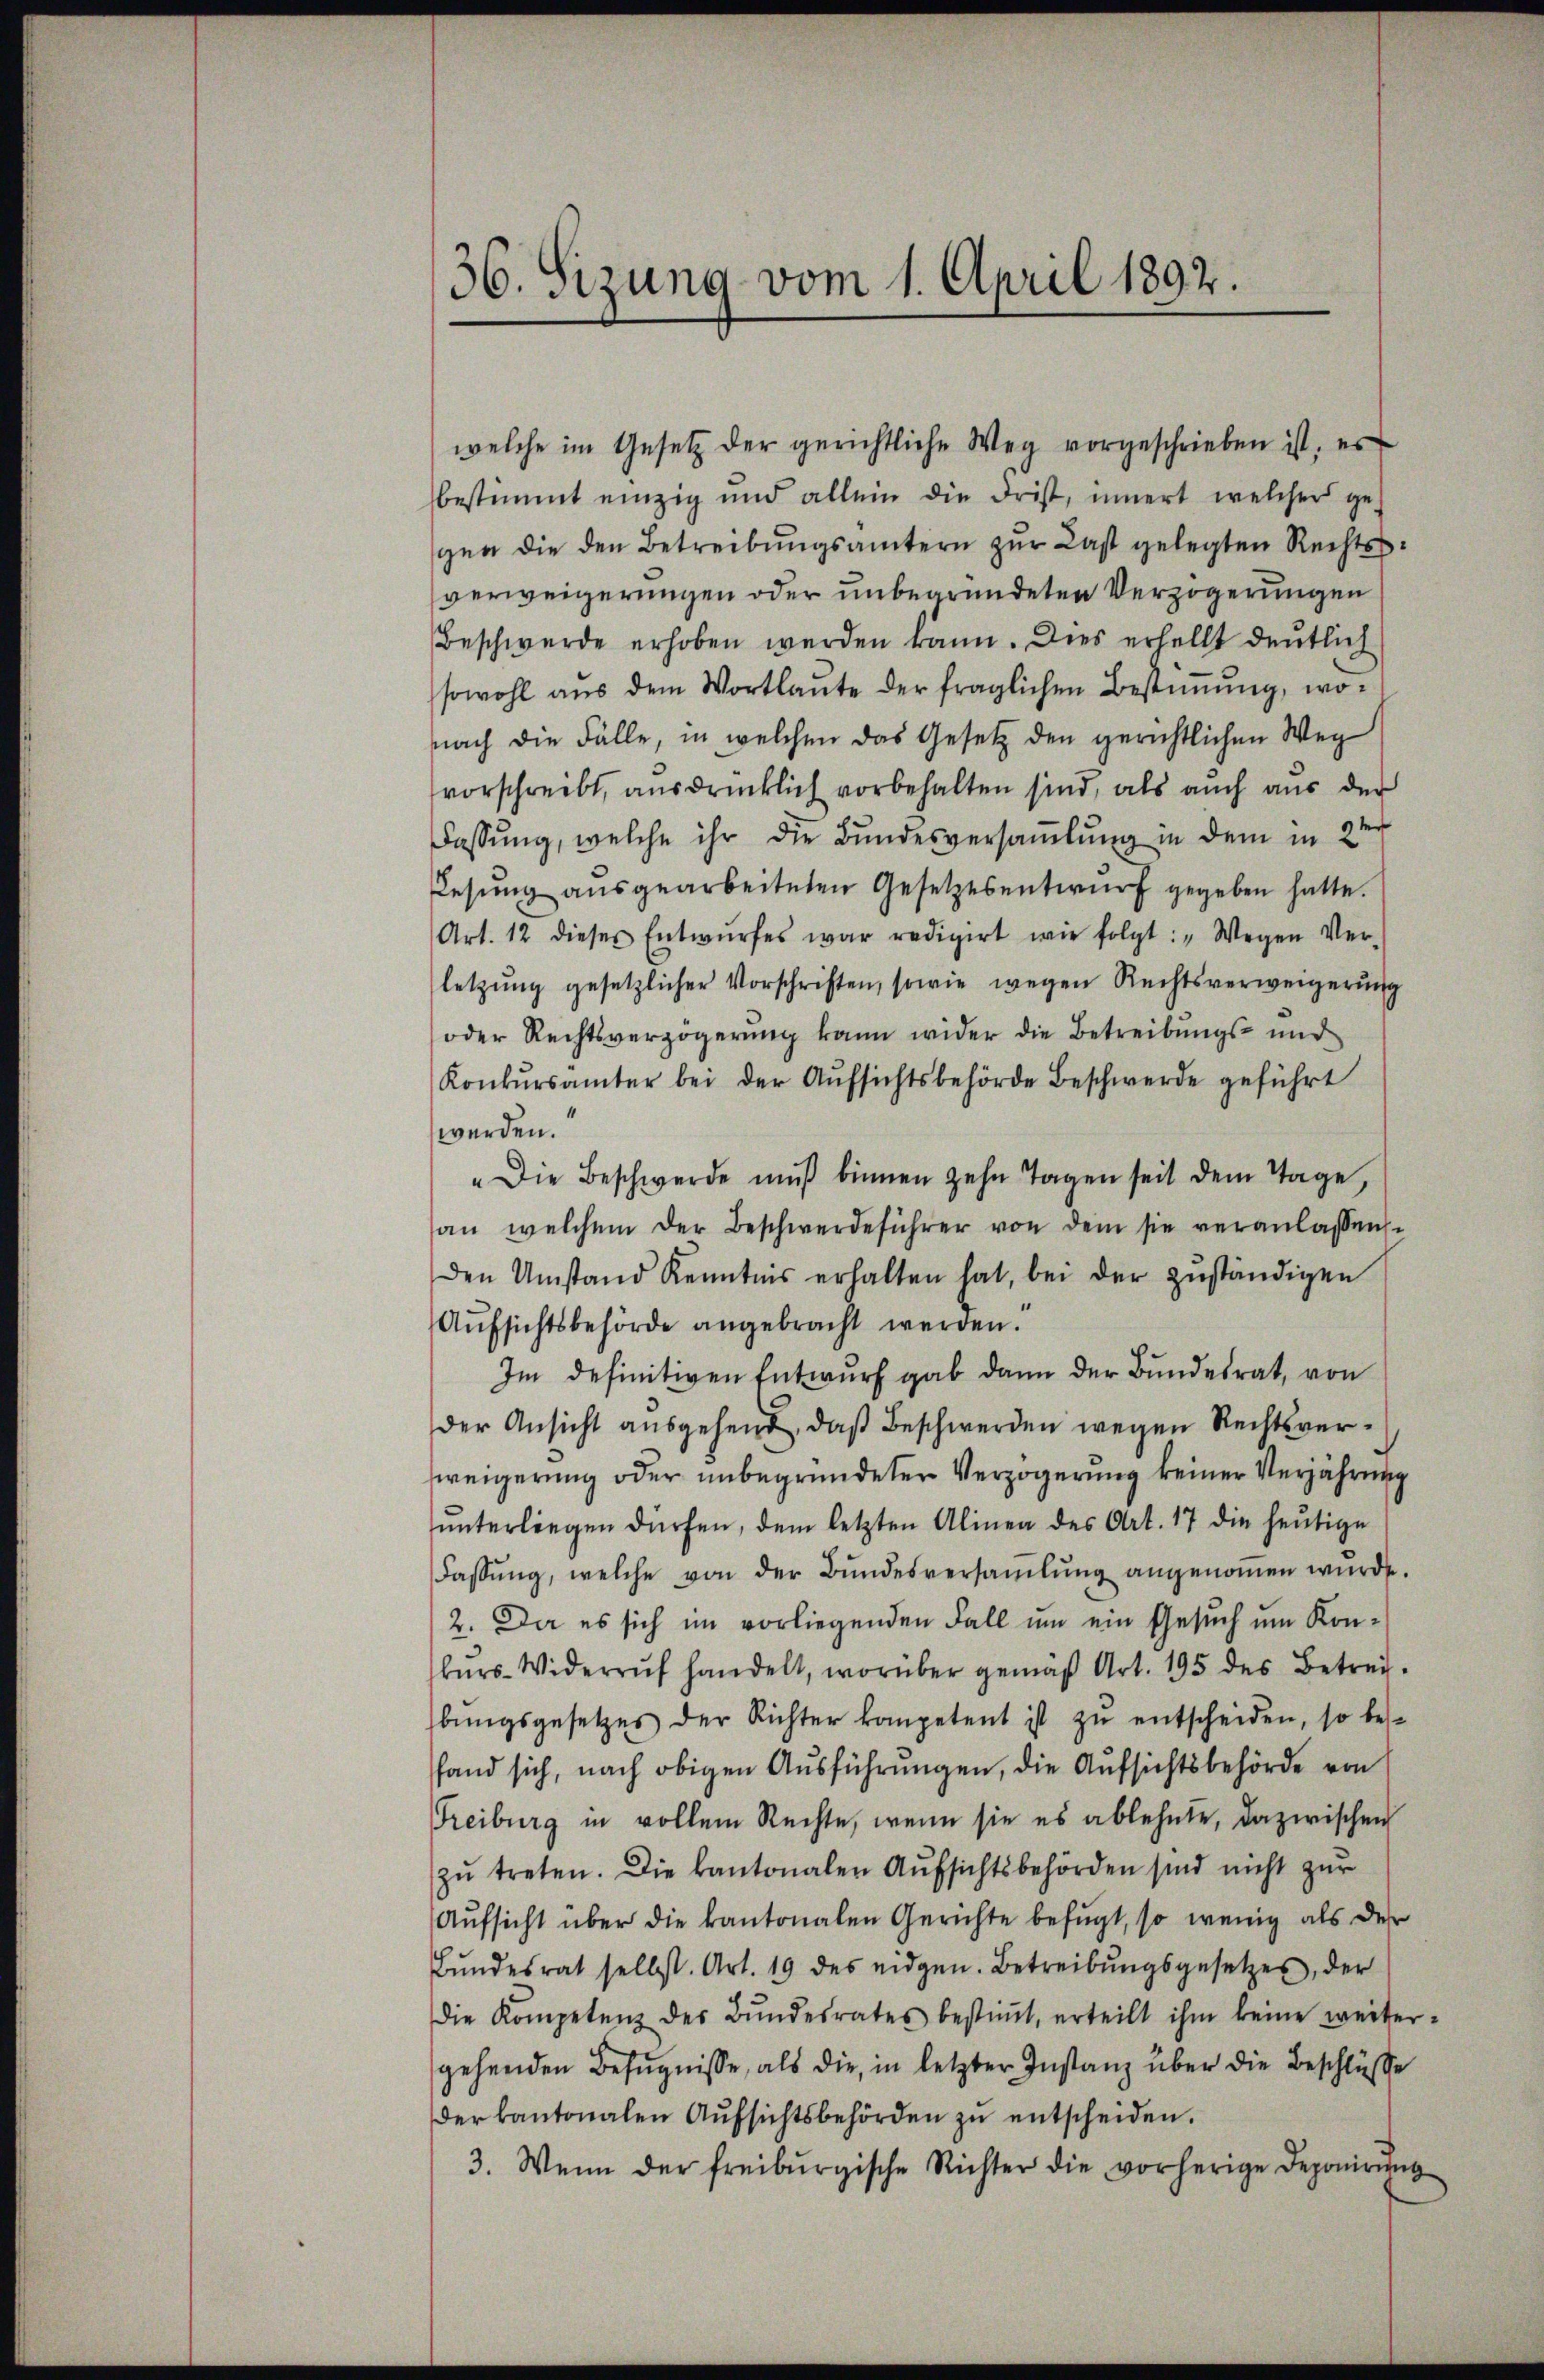
36. Sizung vom 1. April 1892.

welche im Gesetz der gerichtliche Weg vorgeschrieben ist, es
bestimmt einzig und allein die Frist, innert welcher ge-
gen die den Betreibŭngsämtern zŭr Last gelegten Rechtsverweigerungen oder unbegründeten Verzögerungen
Beschwerde erhoben werden kann. Dies erhellt deutlich
sowohl aus dem Wortlaute der fraglichen Bestimmung, wonach die Fälle, in welchen das Gesetz den gerichtlichen Weg
vorschreibt, ausdrücklich vorbehalten sind, als auch aus der
Fassung, welche ihr die Bundesversamlung in dem in 2t
Lesŭng aŭsgearbeiteten Gesetzesentwŭrf gegeben hatte.
Art. 12 dieses Entwŭrfes war redigirt wie folgt: „Wegen Ver-
letzŭng gesetzlicher Vorschriften, sowie wegen Rechtsverweigerung
oder Rechtsverzögerung kann wider die Betreibungs- und
Konkŭrsämter bei der Aŭfsichtsbehörde Beschwerde geführt
werden.
"Die Beschwerde mŭβ binnen zehn Tagen seit dem Tage,
an welchem der Beschwerdeführer von dem sie veranlassen.
den Umstand Kenntnis erhalten hat, bei der zŭständigen
Aŭfsichtsbehörde angebracht werden.
Im definitiven Entwurf gab dann der Bundesrat, von
der Ansicht ausgehend, daß Beschwerden wegen Rechtsverzweigerung oder unbegründeten Verzögerung keiner Verjährung
ŭnterliegen dürfen, dem letzten Alinea des Art. 17 die heutige
Fassŭng, welche von der Bŭndesversaṁlŭng angenoṁen wŭrde.
2. Da es sich im vorliegenden Fall um ein Gesuch um Kon-
bŭrs-Widerruf handelt, worüber gemäβ Art. 195 des Betrei-
bŭngsgesetzes der Richter kompetent ist zŭ entscheiden, so bes-
fand sich, nach obigen Ausführungen, die Aufsichtsbehörde von
Freiburg in vollem Rechte, wenn sie es ablehnte, dazwischen
zŭ treten. Die kantonalen Aŭfsichtsbehörden sind nicht zŭr
Aufsicht über die kantonalen Gerichte befugt, so wenig als der
Bŭndesrat selbst. Art. 19 des eidgen. Betreibŭngsgesetzes, der
Die Kompetenz des Bŭndesrates bestiṁt, erteilt ihm keine weiter-
gehenden Befugnisse, als die, in letzter Instanz über die Beschlüsse
der kantonalen Aŭfsichtsbehörden zŭ entscheiden.
3. Wenn der freiburgische Richter die vorherige Deponirung